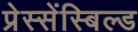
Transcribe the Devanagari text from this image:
प्रेस्सेंस्बिल्ड